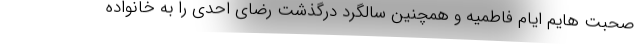
صحبت هایم ایام فاطمیه و همچنین سالگرد درگذشت رضای احدی را به خانواده